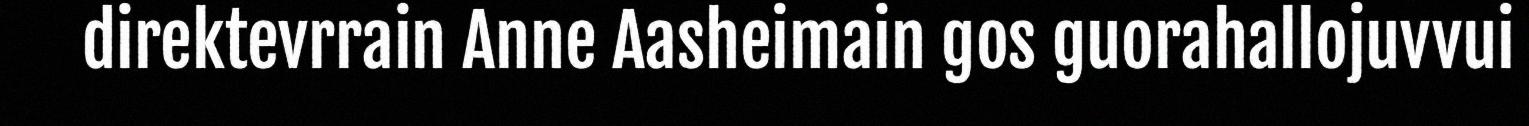
direktevrrain Anne Aasheimain gos guorahallojuvvui